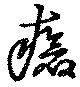
瘡